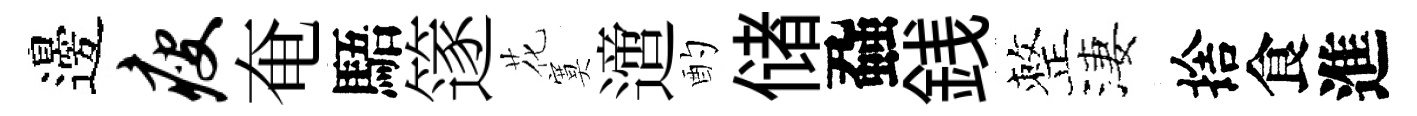
邊瘦奄䮏篴花寞𨗁酌储蝨銭整淒捨食進